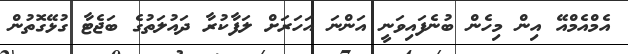
އެމްއެމްއޭ އިން މިހެން ބުނެފައިވަނީ އަންނަ އަހަރަށް ލަފާކުރާ ދައުލަތުގެ ބަޖެޓާ ގުޅޭގޮތުން